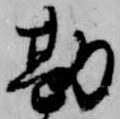
勘